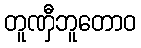
တူဏှီဘူတောဝ